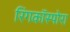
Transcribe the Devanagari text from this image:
रिंगकॉस्पोरा